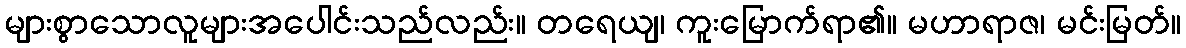
များစွာသောလူများအပေါင်းသည်လည်း။ တရေယျ၊ ကူးမြောက်ရာ၏။ မဟာရာဇ၊ မင်းမြတ်။